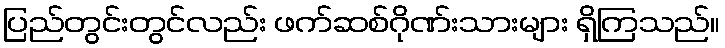
ပြည်တွင်းတွင်လည်း ဖက်ဆစ်ဂိုဏ်းသားများ ရှိကြသည်။